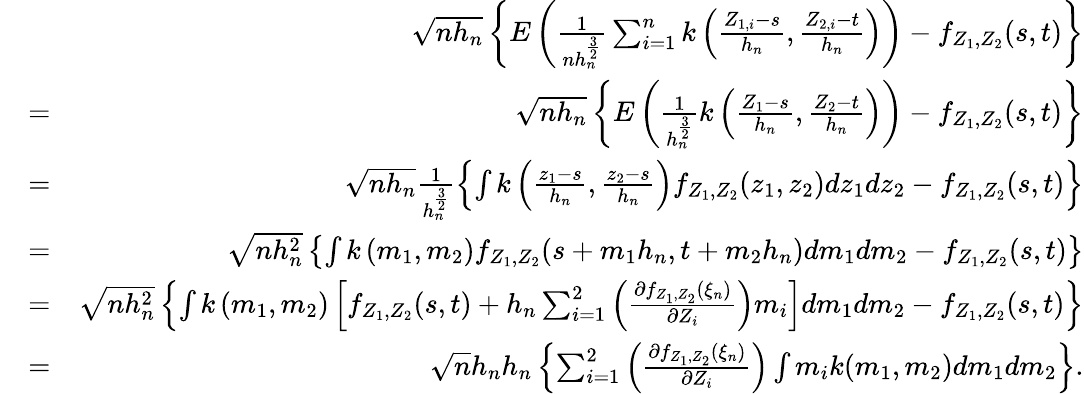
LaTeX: \begin{array}{rlr}&{}&{\sqrt{nh_{n}}\left\{ E\left(\frac{1}{nh_{n}^{\frac{3}{2}}}\sum_{i=1}^{n}k\left(\frac{Z_{1,i}-s}{h_{n}},\frac{Z_{2,i}-t}{h_{n}}\right)\right)-f_{Z_{1},Z_{2}}(s,t)\right\} }\\ &{=}&{\sqrt{nh_{n}}\left\{ E\left(\frac{1}{h_{n}^{\frac{3}{2}}}k\left(\frac{Z_{1}-s}{h_{n}},\frac{Z_{2}-t}{h_{n}}\right)\right)-f_{Z_{1},Z_{2}}(s,t)\right\} }\\ &{=}&{\sqrt{nh_{n}}\frac{1}{h_{n}^{\frac{3}{2}}}\left\{ \int k\left(\frac{z_{1}-s}{h_{n}},\frac{z_{2}-s}{h_{n}}\right)f_{Z_{1},Z_{2}}(z_{1},z_{2})dz_{1}dz_{2}-f_{Z_{1},Z_{2}}(s,t)\right\} }\\ &{=}&{\sqrt{nh_{n}^{2}}\left\{ \int k\left(m_{1},m_{2}\right)f_{Z_{1},Z_{2}}(s+m_{1}h_{n},t+m_{2}h_{n})dm_{1}dm_{2}-f_{Z_{1},Z_{2}}(s,t)\right\} }\\ &{=}&{\sqrt{nh_{n}^{2}}\left\{ \int k\left(m_{1},m_{2}\right)\left[f_{Z_{1},Z_{2}}(s,t)+h_{n}\sum_{i=1}^{2}\left(\frac{\partial f_{Z_{1},Z_{2}}(\xi_{n})}{\partial Z_{i}}\right)m_{i}\right]dm_{1}dm_{2}-f_{Z_{1},Z_{2}}(s,t)\right\} }\\ &{=}&{\sqrt{n}h_{n}h_{n}\left\{ \sum_{i=1}^{2}\left(\frac{\partial f_{Z_{1},Z_{2}}(\xi_{n})}{\partial Z_{i}}\right)\int m_{i}k(m_{1},m_{2})dm_{1}dm_{2}\right\} .}\end{array}